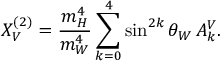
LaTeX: X _ { V } ^ { ( 2 ) } = \frac { m _ { H } ^ { 4 } } { m _ { W } ^ { 4 } } \sum _ { k = 0 } ^ { 4 } \sin ^ { 2 k } \theta _ { W } \, A _ { k } ^ { V } .